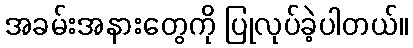
အခမ်းအနားတွေကို ပြုလုပ်ခဲ့ပါတယ်။